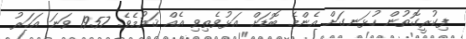
ފިކުރީގޮތުން ހުޅަނގަށް އެންމެ ބޮޑަށް އަޅުވެތިވި އެއް ޤައުމެވެ. 1957 ވަނަ އަހަރު